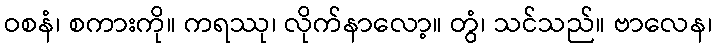
ဝစနံ၊ စကားကို။ ကရဿု၊ လိုက်နာလော့။ တွံ၊ သင်သည်။ ဗာလေန၊